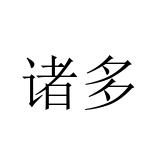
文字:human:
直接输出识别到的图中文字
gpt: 诸多